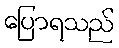
ပြောရသည်